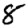
Digit: 8